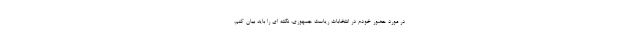
در مورد حضور خودم در انتخابات ریاست جمهوری، نکته ای را باید بیان کنم.